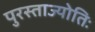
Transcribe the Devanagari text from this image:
पुरस्ताज्योतिः